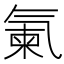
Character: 𣱨